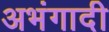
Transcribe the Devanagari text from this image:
अभंगादी